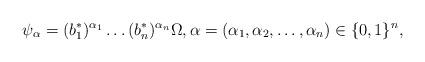
LaTeX: \begin{align*}\psi_{\alpha} = (b_1^*)^{\alpha_1} \ldots (b_n^*)^{\alpha_n} \Omega, \alpha =(\alpha_1,\alpha_2,\ldots,\alpha_n) \in \{0,1\}^n,\end{align*}